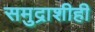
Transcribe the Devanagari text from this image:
समुद्राशीही